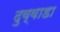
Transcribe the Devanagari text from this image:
दुव्वाडा